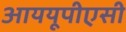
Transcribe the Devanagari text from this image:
आययूपीएसी